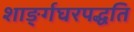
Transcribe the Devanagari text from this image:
शाङ्‌र्गघरपद्धति